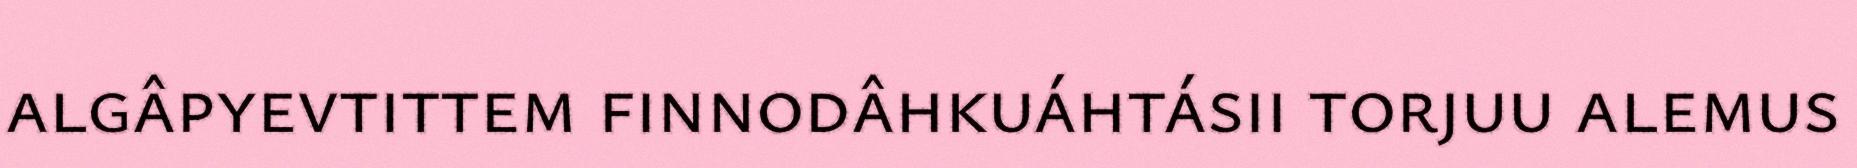
algâpyevtittem finnodâhkuáhtásii torjuu alemus